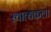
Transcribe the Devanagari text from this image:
स्थात्यकला